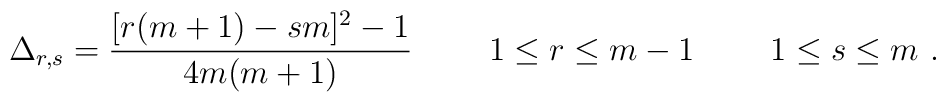
\Delta_{r,s} = { [r(m+1) -s m ]^2 -1 \over 4 m (m+1)} \   \qquad1 \leq r \leq m-1 \  \qquad 1 \leq s \leq m \ .